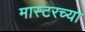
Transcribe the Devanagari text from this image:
मास्टरच्या